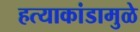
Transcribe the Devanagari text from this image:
हत्याकांडामुळे